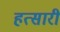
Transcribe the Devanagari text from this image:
हत्सारी